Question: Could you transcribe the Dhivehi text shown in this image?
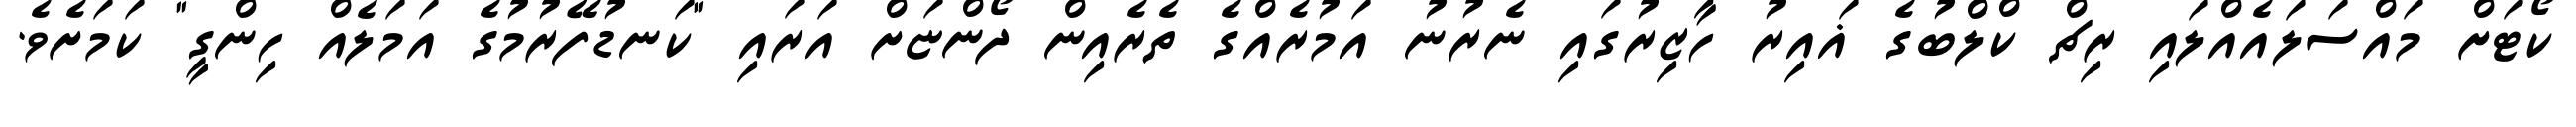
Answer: ކޯޓަށް މައްސަލައެއްލައި ރިޗް ކްލްބުގެ ޣައިރު ހާޒިރުގައި ނެރުނު އަމުރެއްގެ ތެރެއިން ދޯންޏަށް އަރައި "ކަނޑުފޭރުމުގެ އަމަލެއް ހިންގީ" ކަމަށެވެ.